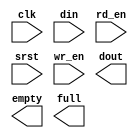
module syncfifo_512x32(
	clk,
	din,
	rd_en,
	srst,
	wr_en,
	dout,
	empty,
	full);


input clk;
input [31 : 0] din;
input rd_en;
input srst;
input wr_en;
output [31 : 0] dout;
output empty;
output full;

// synthesis translate_off

      FIFO_GENERATOR_V4_2 #(
		.C_COMMON_CLOCK(1),
		.C_COUNT_TYPE(0),
		.C_DATA_COUNT_WIDTH(9),
		.C_DEFAULT_VALUE("BlankString"),
		.C_DIN_WIDTH(32),
		.C_DOUT_RST_VAL("0"),
		.C_DOUT_WIDTH(32),
		.C_ENABLE_RLOCS(0),
		.C_FAMILY("virtex2p"),
		.C_FULL_FLAGS_RST_VAL(1),
		.C_HAS_ALMOST_EMPTY(0),
		.C_HAS_ALMOST_FULL(0),
		.C_HAS_BACKUP(0),
		.C_HAS_DATA_COUNT(0),
		.C_HAS_INT_CLK(0),
		.C_HAS_MEMINIT_FILE(0),
		.C_HAS_OVERFLOW(0),
		.C_HAS_RD_DATA_COUNT(0),
		.C_HAS_RD_RST(0),
		.C_HAS_RST(0),
		.C_HAS_SRST(1),
		.C_HAS_UNDERFLOW(0),
		.C_HAS_VALID(0),
		.C_HAS_WR_ACK(0),
		.C_HAS_WR_DATA_COUNT(0),
		.C_HAS_WR_RST(0),
		.C_IMPLEMENTATION_TYPE(0),
		.C_INIT_WR_PNTR_VAL(0),
		.C_MEMORY_TYPE(1),
		.C_MIF_FILE_NAME("BlankString"),
		.C_OPTIMIZATION_MODE(0),
		.C_OVERFLOW_LOW(0),
		.C_PRELOAD_LATENCY(1),
		.C_PRELOAD_REGS(0),
		.C_PRIM_FIFO_TYPE("512x36"),
		.C_PROG_EMPTY_THRESH_ASSERT_VAL(2),
		.C_PROG_EMPTY_THRESH_NEGATE_VAL(3),
		.C_PROG_EMPTY_TYPE(0),
		.C_PROG_FULL_THRESH_ASSERT_VAL(510),
		.C_PROG_FULL_THRESH_NEGATE_VAL(509),
		.C_PROG_FULL_TYPE(0),
		.C_RD_DATA_COUNT_WIDTH(9),
		.C_RD_DEPTH(512),
		.C_RD_FREQ(100),
		.C_RD_PNTR_WIDTH(9),
		.C_UNDERFLOW_LOW(0),
		.C_USE_DOUT_RST(1),
		.C_USE_ECC(0),
		.C_USE_EMBEDDED_REG(0),
		.C_USE_FIFO16_FLAGS(0),
		.C_USE_FWFT_DATA_COUNT(0),
		.C_VALID_LOW(0),
		.C_WR_ACK_LOW(0),
		.C_WR_DATA_COUNT_WIDTH(9),
		.C_WR_DEPTH(512),
		.C_WR_FREQ(100),
		.C_WR_PNTR_WIDTH(9),
		.C_WR_RESPONSE_LATENCY(1))
	inst (
		.CLK(clk),
		.DIN(din),
		.RD_EN(rd_en),
		.SRST(srst),
		.WR_EN(wr_en),
		.DOUT(dout),
		.EMPTY(empty),
		.FULL(full),
		.INT_CLK(),
		.BACKUP(),
		.BACKUP_MARKER(),
		.PROG_EMPTY_THRESH(),
		.PROG_EMPTY_THRESH_ASSERT(),
		.PROG_EMPTY_THRESH_NEGATE(),
		.PROG_FULL_THRESH(),
		.PROG_FULL_THRESH_ASSERT(),
		.PROG_FULL_THRESH_NEGATE(),
		.RD_CLK(),
		.RD_RST(),
		.RST(),
		.WR_CLK(),
		.WR_RST(),
		.ALMOST_EMPTY(),
		.ALMOST_FULL(),
		.DATA_COUNT(),
		.OVERFLOW(),
		.PROG_EMPTY(),
		.PROG_FULL(),
		.VALID(),
		.RD_DATA_COUNT(),
		.UNDERFLOW(),
		.WR_ACK(),
		.WR_DATA_COUNT(),
		.SBITERR(),
		.DBITERR());


// synthesis translate_on

endmodule